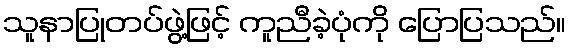
သူနာပြုတပ်ဖွဲ့ဖြင့် ကူညီခဲ့ပုံကို ပြောပြသည်။